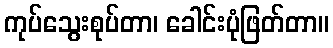
ကုပ်သွေးစုပ်တာ၊ ခေါင်းပုံဖြတ်တာ။